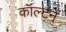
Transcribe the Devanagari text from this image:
कॉल्टने